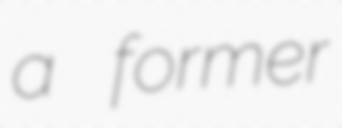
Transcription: a former